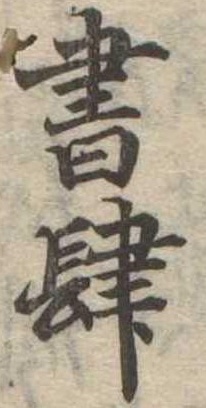
書肆